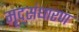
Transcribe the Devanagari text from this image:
मृद्‌संधारण